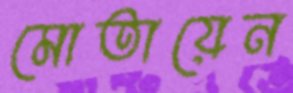
মোতায়েন